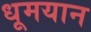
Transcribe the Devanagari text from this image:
धूमयान